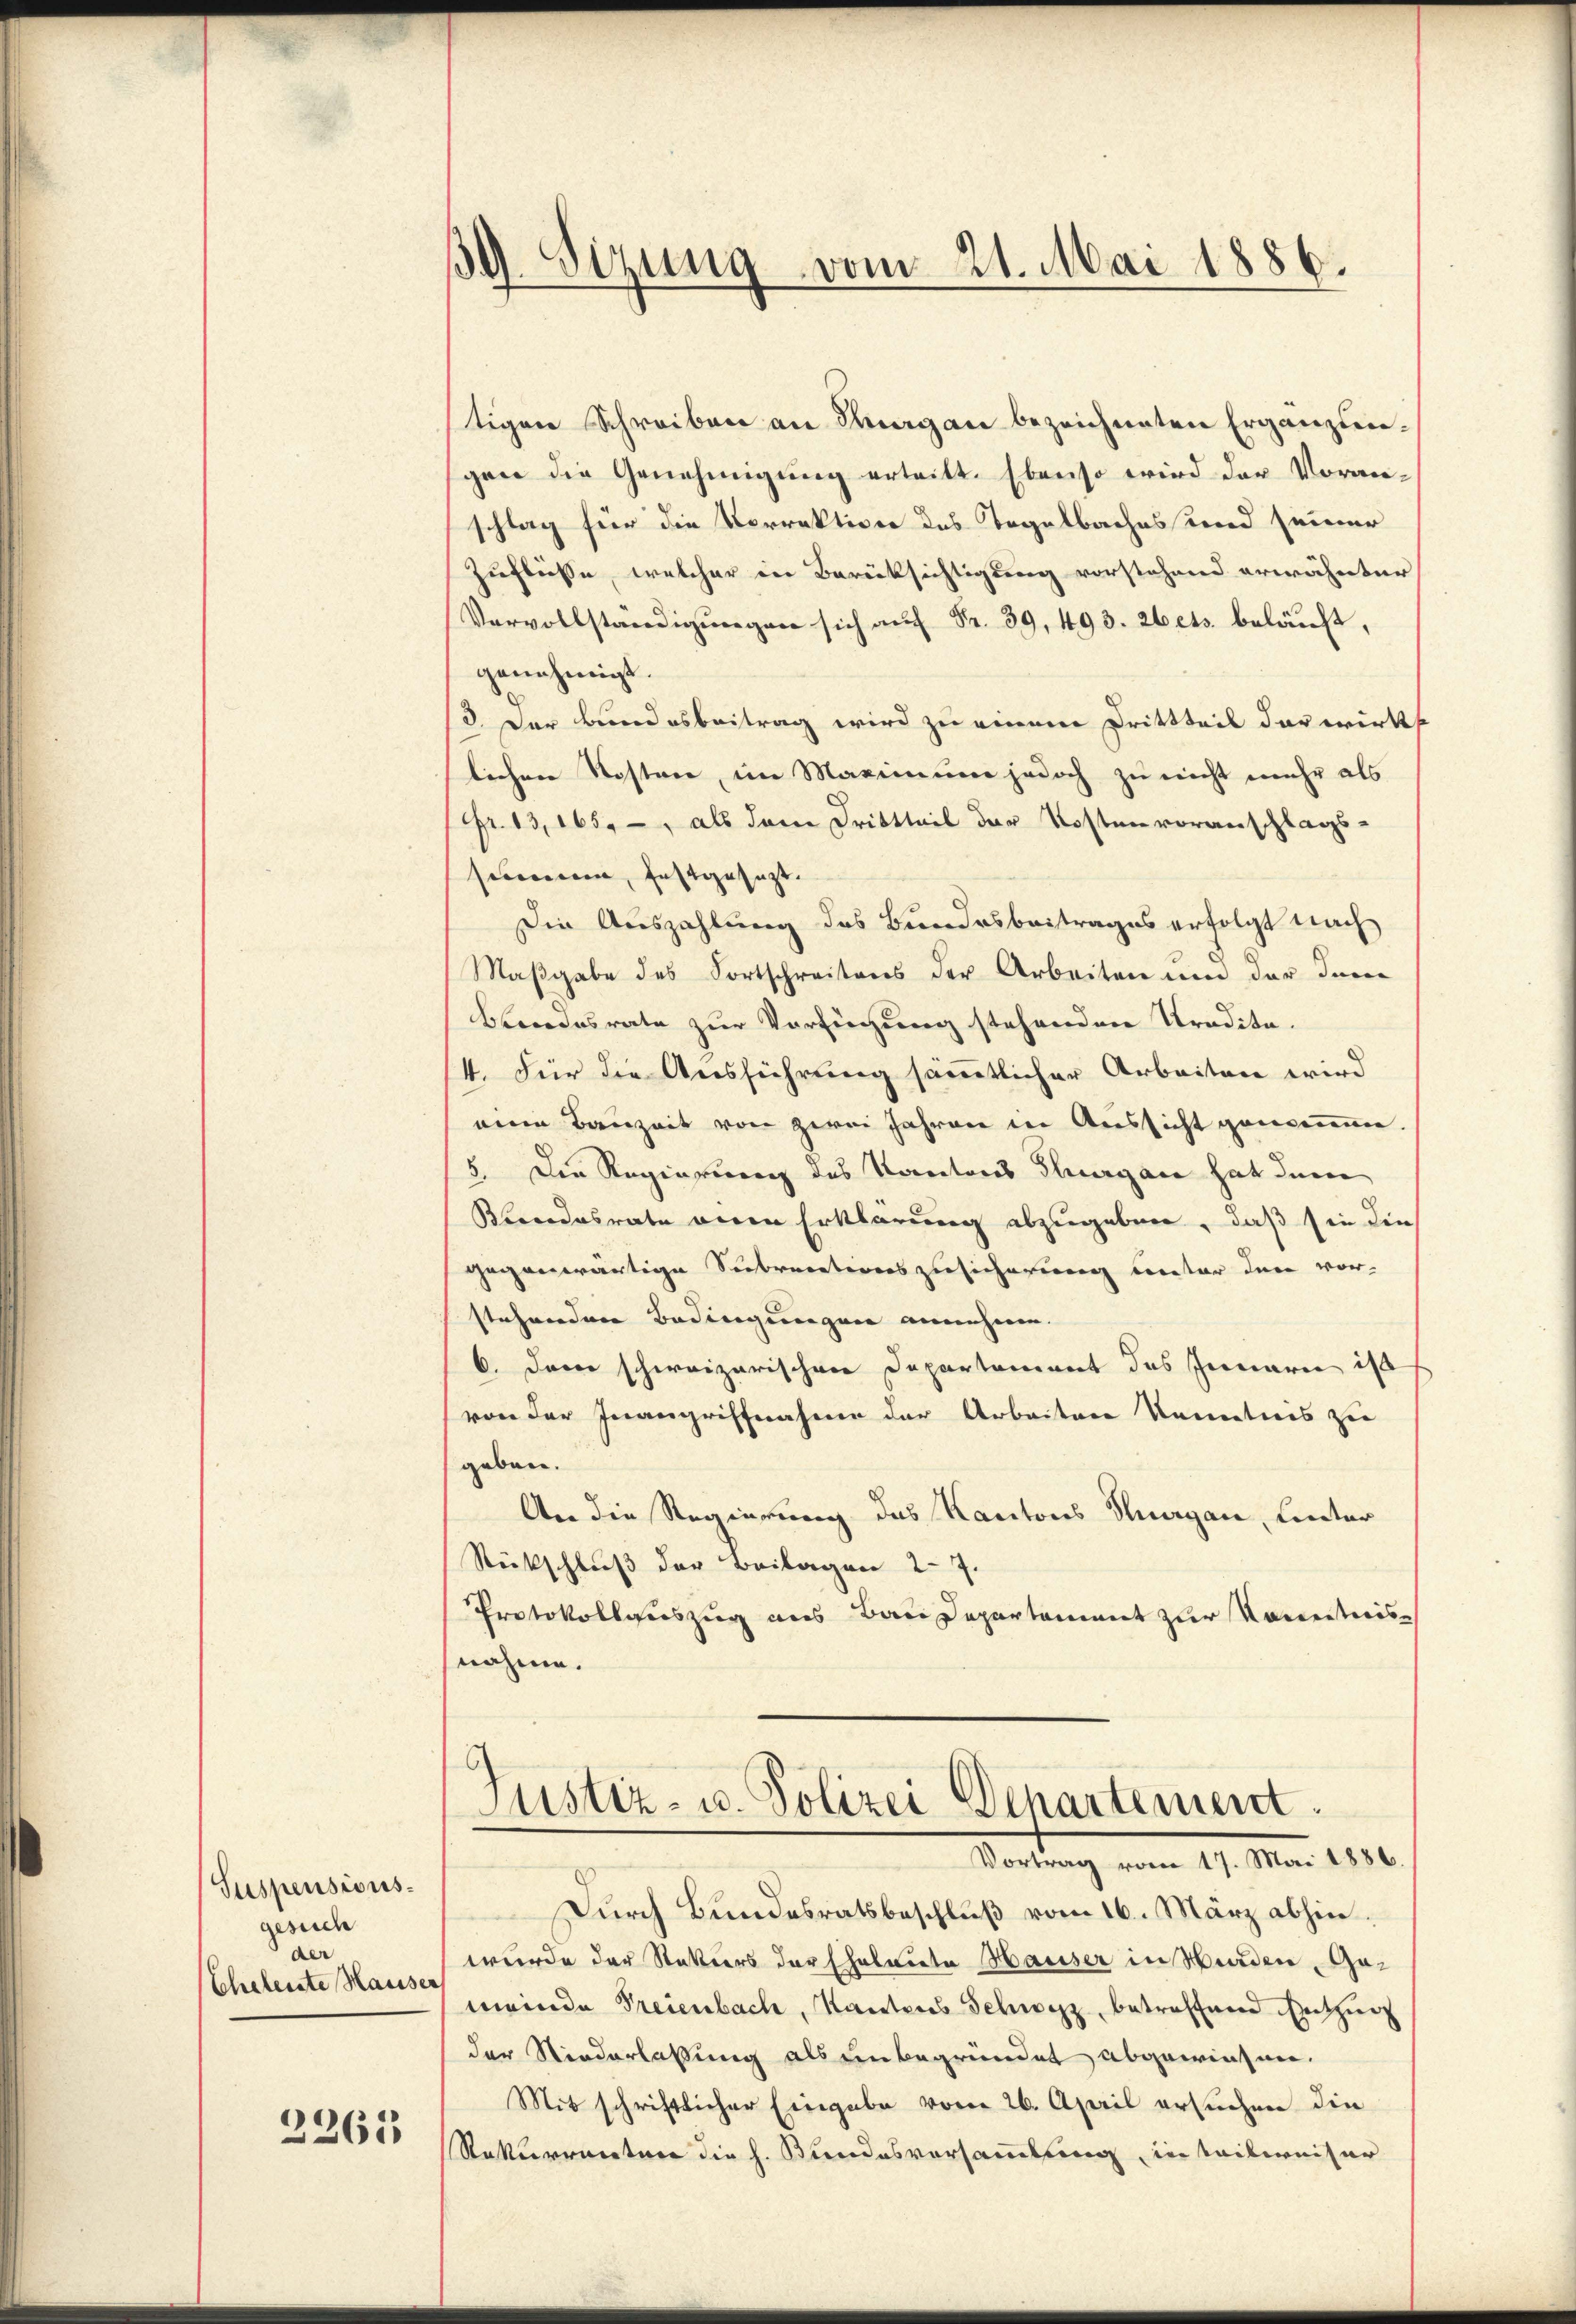
Suspensionsgesuch
der
Cheleute Hauser

2261

39. Sizung vom 21. Mai 1886.

tigen Schreiben an Thurgau bezeichneten Ergänzungen die Genehmigung ertritt. Ebenso wird der Voranschlag für die Vorrektion des Tagelbaches und seiner
Zuflüsse, welcher in Berücksichtigung vorstehend erwähnter
Vervollständigungen sich auf Fr. 39, 493. 26 ets. beläuft,
genehmigt.
d. Der Bundesbeitrag wird zu einem Drittteil darwirks
lichen Kosten, im Maximum jedoch zu nicht mehr als
Fr. 13,165, -, als dem Dritteil der Kostenvoranschlags-
scommen, festgesezt.
Die Auszahlung des Bundesbeitrages erfolgt nach
Maßgabe des Fortschreitens der Arbeiten um der Inne
Blondesrate zur Verfügung stehenden Kredita.
4. Für die Ausführung sämmtlicher Arbeiten wird
mine Bauzeit von zwei Jahren in Aussicht genommen.
5. Die Regierung des Kantons Thurgau hat den
Blondesrate anden Erklärung abzugeben, daß sie die
gegenwärtige Siebrectionszusicherung unter den vor-
stehenden Bedingungen annehme.
6. Dann schweizerischen Departament des Innern ist
von der Inangriffnahme der Arbeiten Kenntnis zu
geben.
An die Regierung des Kantons Thurgau, unter
Rückschluß der Beilagen 27.
Protokollauszug aus Baue Departement zur Kenntnisnahme.
Justiz- u. Polizei Departement.
Vortrag vom 17. Mai 1886.
Durch Bundesratsbeschluß vom 16. März abhin,
wurde der Retters der Eheleute Hauser in Wurden, Gomeinde Freienbach, Kantons Schwyz, betreffene Entzung
der Niederlassung als unbegründet abgewiesen.
Mit schriftlicher Eingabe vom 26. April ersuchen die
Rekurrecture die h. Bundesversammlung, in teilweiser